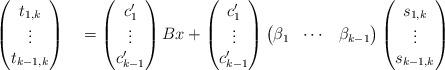
LaTeX: \begin{align*}\begin{pmatrix} t_{1,k} \\ \vdots \\ t_{k-1,k} \end{pmatrix} \quad=\begin{pmatrix} c_1' \\ \vdots \\ c_{k-1}' \end{pmatrix} Bx + \begin{pmatrix}c_1' \\ \vdots \\ c_{k-1}' \end{pmatrix} \begin{pmatrix} \beta_1 & \cdots & \beta_{k-1} \end{pmatrix} \begin{pmatrix}s_{1,k} \\ \vdots \\ s_{k-1,k} \end{pmatrix} \end{align*}